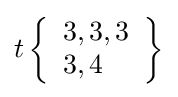
t\left\{{\begin{array}{l}3,3,3\\3,4\end{array}}\right\}